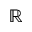
\mathbb { R }